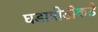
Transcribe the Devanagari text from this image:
घडामोडीकडे